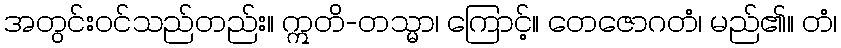
အတွင်းဝင်သည်တည်း။ ဣတိ-တသ္မာ၊ ကြောင့်။ တေဇောဂတံ၊ မည်၏။ တံ၊